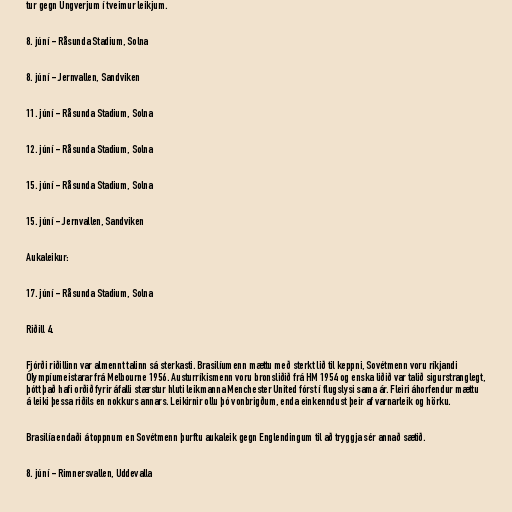
tur gegn Ungverjum í tveimur leikjum.

8. júní - Råsunda Stadium, Solna

8. júní - Jernvallen, Sandviken

11. júní - Råsunda Stadium, Solna

12. júní - Råsunda Stadium, Solna

15. júní - Råsunda Stadium, Solna

15. júní - Jernvallen, Sandviken

Aukaleikur:

17. júní - Råsunda Stadium, Solna

Riðill 4.

Fjórði riðillinn var almennt talinn sá sterkasti. Brasilíumenn mættu með sterkt lið til keppni, Sovétmenn voru ríkjandi
Ólympíumeistarar frá Melbourne 1956. Austurríkismenn voru bronsliðið frá HM 1954 og enska liðið var talið sigurstranglegt,
þótt það hafi orðið fyrir áfalli stærstur hluti leikmanna Menchester United fórst í flugslysi sama ár. Fleiri áhorfendur mættu
á leiki þessa riðils en nokkurs annars. Leikirnir ollu þó vonbrigðum, enda einkenndust þeir af varnarleik og hörku.

Brasilía endaði á toppnum en Sovétmenn þurftu aukaleik gegn Englendingum til að tryggja sér annað sætið.

8. júní - Rimnersvallen, Uddevalla